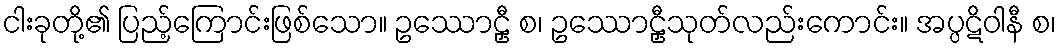
ငါးခုတို့၏ ပြည့်ကြောင်းဖြစ်သော။ ဥဿောဠှီ စ၊ ဥဿောဠှီသုတ်လည်းကောင်း။ အပ္ပဋိဝါနီ စ၊